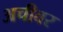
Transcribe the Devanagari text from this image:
अचीवर